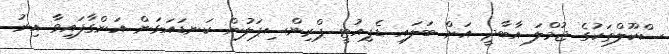
ސްކޫލްތަކުގެ ޖުމްލަ އާބާދީ އަށް ބަލައި ޑެޕިއުޓީ ޕްރިންސިޕަލުން ކަނޑައަޅަން އަންގާފައިވާ އިރު